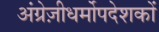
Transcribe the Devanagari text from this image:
अंग्रेज़ीधर्मोपदेशकों